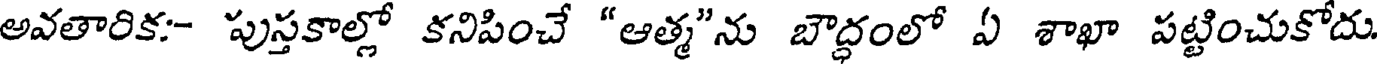
అవతారిక:- పుస్తకాల్లో కనిపించే "ఆత్మ"ను బౌద్ధంలో ఏ శాఖా పట్టించుకోదు